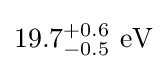
19.7_{-0.5}^{+0.6}~{\text{eV}}